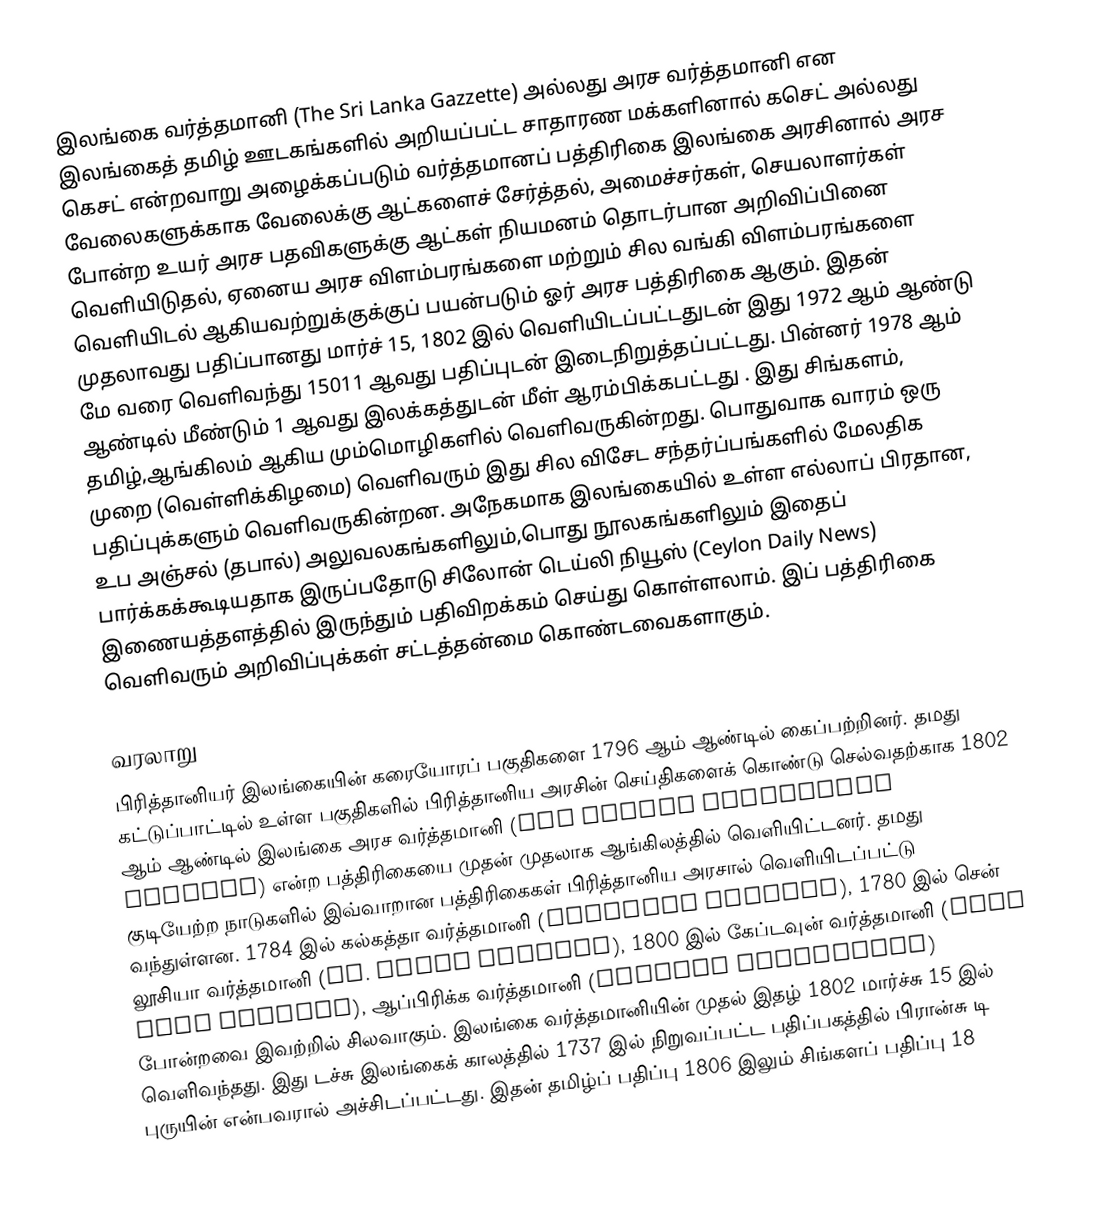
இலங்கை வர்த்தமானி (The Sri Lanka Gazzette) அல்லது அரச வர்த்தமானி என இலங்கைத் தமிழ் ஊடகங்களில் அறியப்பட்ட சாதாரண மக்களினால் கசெட் அல்லது கெசட் என்றவாறு அழைக்கப்படும் வர்த்தமானப் பத்திரிகை இலங்கை அரசினால் அரச வேலைகளுக்காக வேலைக்கு ஆட்களைச் சேர்த்தல், அமைச்சர்கள், செயலாளர்கள் போன்ற உயர் அரச பதவிகளுக்கு ஆட்கள் நியமனம் தொடர்பான அறிவிப்பினை வெளியிடுதல், ஏனைய அரச விளம்பரங்களை மற்றும் சில வங்கி விளம்பரங்களை வெளியிடல் ஆகியவற்றுக்குக்குப் பயன்படும் ஓர் அரச பத்திரிகை ஆகும். இதன் முதலாவது பதிப்பானது மார்ச் 15, 1802 இல் வெளியிடப்பட்டதுடன் இது 1972 ஆம் ஆண்டு மே வரை வெளிவந்து 15011 ஆவது பதிப்புடன் இடைநிறுத்தப்பட்டது. பின்னர் 1978 ஆம் ஆண்டில் மீண்டும் 1 ஆவது இலக்கத்துடன் மீள் ஆரம்பிக்கபட்டது . இது சிங்களம், தமிழ்,ஆங்கிலம் ஆகிய மும்மொழிகளில் வெளிவருகின்றது. பொதுவாக வாரம் ஒரு முறை (வெள்ளிக்கிழமை) வெளிவரும் இது சில விசேட சந்தர்ப்பங்களில் மேலதிக பதிப்புக்களும் வெளிவருகின்றன. அநேகமாக இலங்கையில் உள்ள எல்லாப் பிரதான, உப அஞ்சல் (தபால்) அலுவலகங்களிலும்,பொது நூலகங்களிலும் இதைப் பார்க்கக்கூடியதாக இருப்பதோடு சிலோன் டெய்லி நியூஸ் (Ceylon Daily News) இணையத்தளத்தில் இருந்தும் பதிவிறக்கம் செய்து கொள்ளலாம். இப் பத்திரிகை வெளிவரும் அறிவிப்புக்கள் சட்டத்தன்மை கொண்டவைகளாகும்.

வரலாறு
பிரித்தானியர் இலங்கையின் கரையோரப் பகுதிகளை 1796 ஆம் ஆண்டில் கைப்பற்றினர். தமது கட்டுப்பாட்டில் உள்ள பகுதிகளில் பிரித்தானிய அரசின் செய்திகளைக் கொண்டு செல்வதற்காக 1802 ஆம் ஆண்டில் இலங்கை அரச வர்த்தமானி (The Ceylon Government Gazette) என்ற பத்திரிகையை முதன் முதலாக ஆங்கிலத்தில் வெளியிட்டனர். தமது குடியேற்ற நாடுகளில் இவ்வாறான பத்திரிகைகள் பிரித்தானிய அரசால் வெளியிடப்பட்டு வந்துள்ளன. 1784 இல் கல்கத்தா வர்த்தமானி (Calcutta Gazette), 1780 இல் சென் லூசியா வர்த்தமானி (St. Lucia Gazette), 1800 இல் கேப்டவுன் வர்த்தமானி (Cape Town Gazette), ஆப்பிரிக்க வர்த்தமானி (African Advertiser) போன்றவை இவற்றில் சிலவாகும். இலங்கை வர்த்தமானியின் முதல் இதழ் 1802 மார்ச்சு 15 இல் வெளிவந்தது. இது டச்சு இலங்கைக் காலத்தில் 1737 இல் நிறுவப்பட்ட பதிப்பகத்தில் பிரான்சு டி புருயின் என்பவரால் அச்சிடப்பட்டது. இதன் தமிழ்ப் பதிப்பு 1806 இலும் சிங்களப் பதிப்பு 18